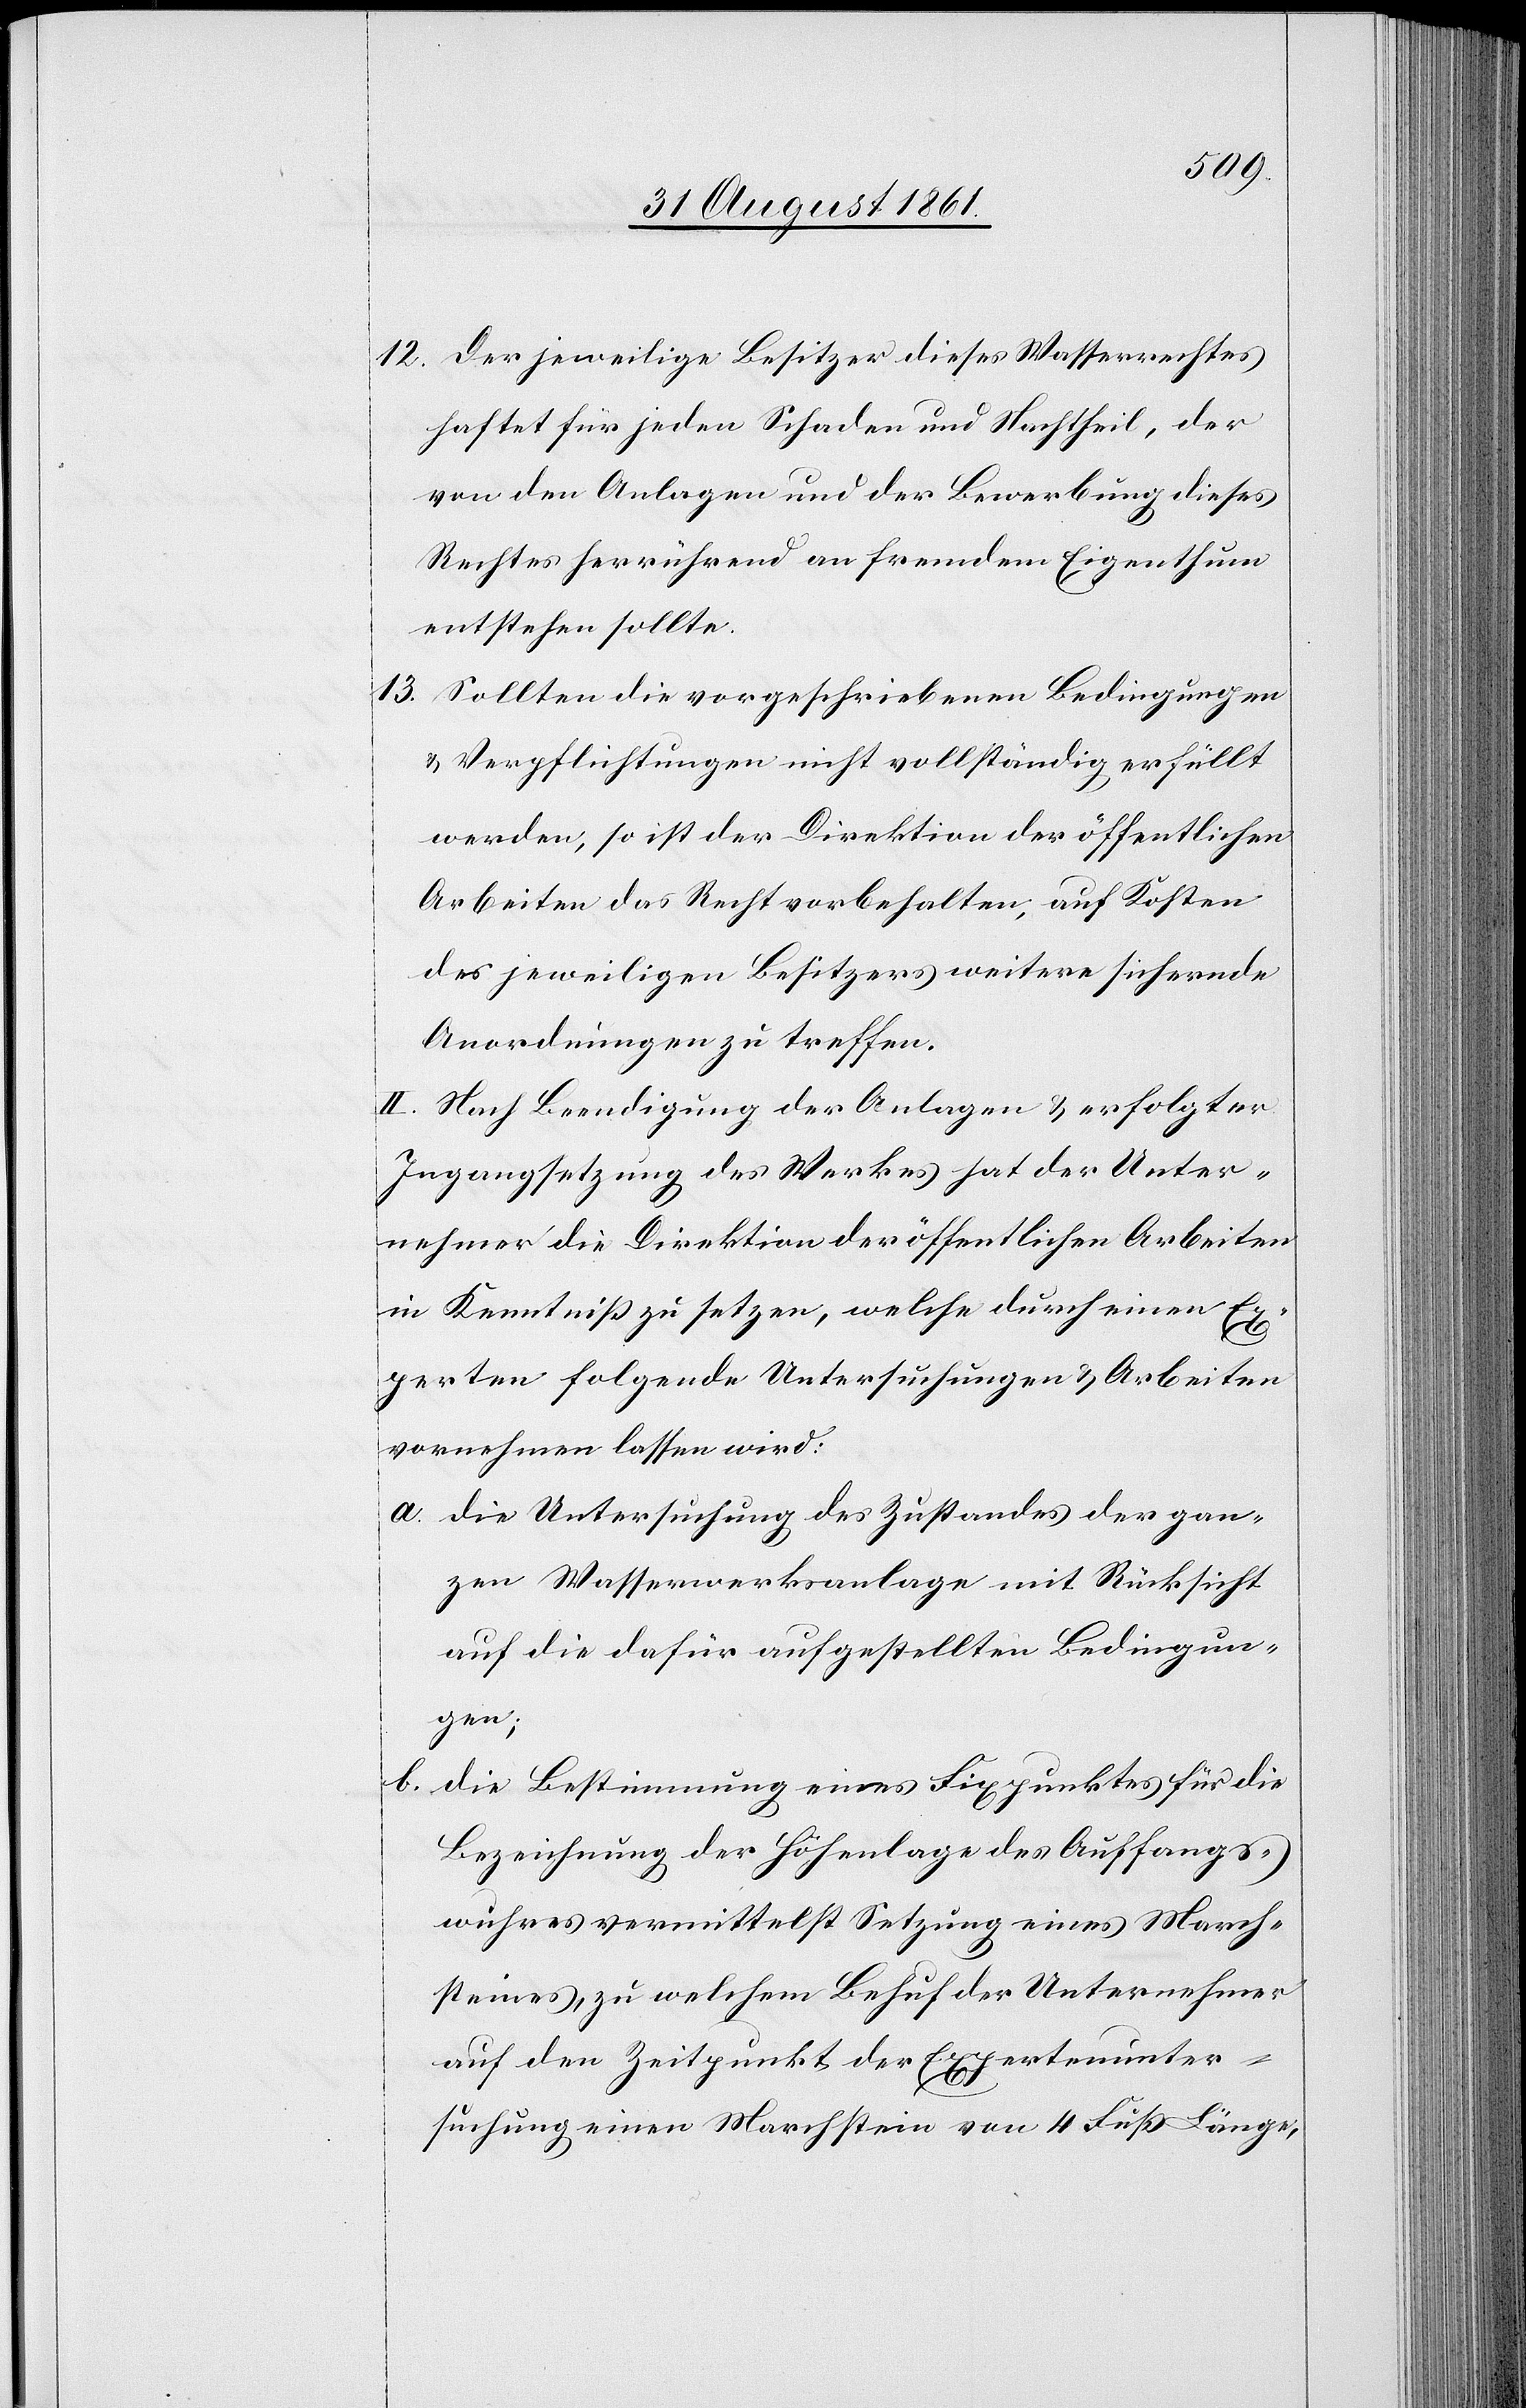
12. Der jeweilige Besitzer dieses Wasserrechtes
haftet für jeden Schaden und Nachtheil, der
von den Anlagen und der Bewerbung dieses
Rechtes herrührend an fremdem Eigenthum
entstehen sollte.
13. Sollten die vorgeschriebenen Bedingungen
u. Verpflichtungen nicht vollständig erfüllt
werden, so ist der Direktion der öffentlichen
Arbeiten das Recht vorbehalten, auf Kosten
des jeweiligen Besitzers weitere sichernde
Anordnungen zu treffen.
II. Nach Beendigung der Anlagen u. erfolgter
Ingangsetzung des Werkes hat der Unter¬
nehmer die Direktion der öffentlichen Arbeiten
in Kenntniß zu setzen, welche durch einen Ex¬
perten folgende Untersuchungen u. Arbeiten
vornehmen lassen wird:
a. die Untersuchung des Zustandes der gan¬
zen Wasserwerksanlage mit Rücksicht
auf die dafür aufgestellten Bedingun¬
gen;
b. die Bestimmung eines Fixpunktes für die
Bezeichnung der Höhenlage des Auffangs¬
wuhres vermittelst Setzung eines March¬
steines, zu welchem Behuf der Unternehmer
auf den Zeitpunkt der Expertenunter¬
suchung einen Marchstein von 4 Fuß Länge,